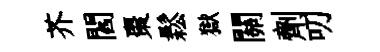
芥閻棗鬆獄關劑叨